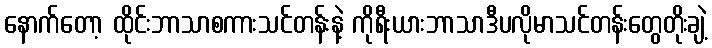
နောက်တော့ ထိုင်းဘာသာစကားသင်တန်းနဲ့ ကိုရီးယားဘာသာဒီပလိုမာသင်တန်းတွေတိုးချဲ့